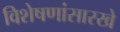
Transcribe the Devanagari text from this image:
विशेषणांसारखे